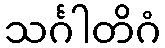
သင်္ဂါတိဂံ